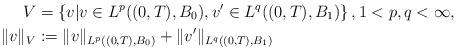
LaTeX: \begin{align*}V&=\left\{v| v\in L^p((0,T), B_0), v'\in L^q((0,T), B_1) \right\}, 1<p,q<\infty,\\\|v\|_V&:=\|v\|_{L^p((0,T), B_0)} +\|v'\|_{L^q((0,T), B_1)}\end{align*}